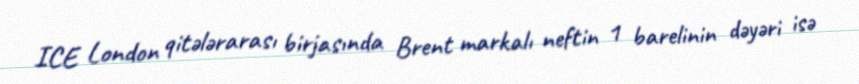
ICE London qitələrarası birjasında Brent markalı neftin 1 barelinin dəyəri isə